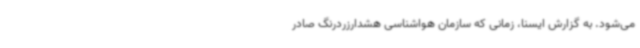
می‌شود. به گزارش ایسنا، زمانی که سازمان هواشناسی هشدارزردرنگ صادر